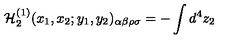
{ \cal H } _ { 2 } ^ { ( 1 ) } ( x _ { 1 } , x _ { 2 } ; y _ { 1 } , y _ { 2 } ) _ { \alpha \beta \rho \sigma } = - \int d ^ { 4 } z _ { 2 }